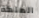
الملكة